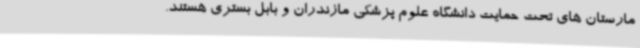
مارستان های تحت حمایت دانشگاه علوم پزشکی مازندران و بابل بستری هستند.